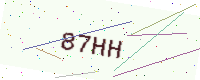
Text: 87HH